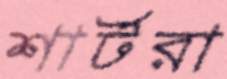
শার্টরা